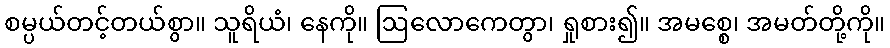
စမ္ပယ်တင့်တယ်စွာ။ သူရိယံ၊ နေကို။ ဩလောကေတွာ၊ ရှုစား၍။ အမစ္စေ၊ အမတ်တို့ကို။